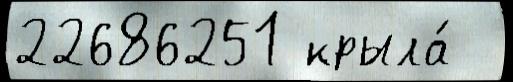
22686251 крыла́